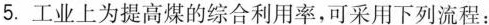
5.工业上为提高煤的综合利用率，可采用下列流程：